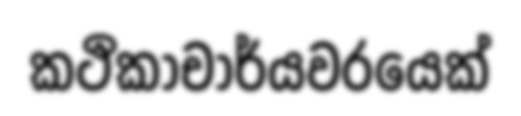
කථිකාචාර්යවරයෙක්